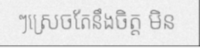
ៗស្រេចតែនឹងចិត្ត មិន